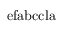
\mathrm { e f a b c c l a }